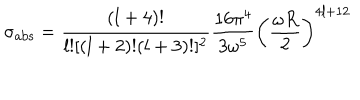
LaTeX: \sigma _ { \mathrm { a b s } } = \frac { ( l + 4 ) ! } { l ! [ ( l + 2 ) ! ( l + 3 ) ! ] ^ { 2 } } \frac { 1 6 \pi ^ { 4 } } { 3 \omega ^ { 5 } } \left( \frac { \omega R } { 2 } \right) ^ { 4 l + 1 2 }